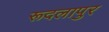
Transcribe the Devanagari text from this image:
रूदलापुर